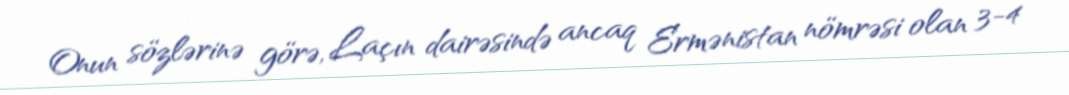
Onun sözlərinə görə, Laçın dairəsində ancaq Ermənistan nömrəsi olan 3-4